Report on horse surra - Volume II, Part I
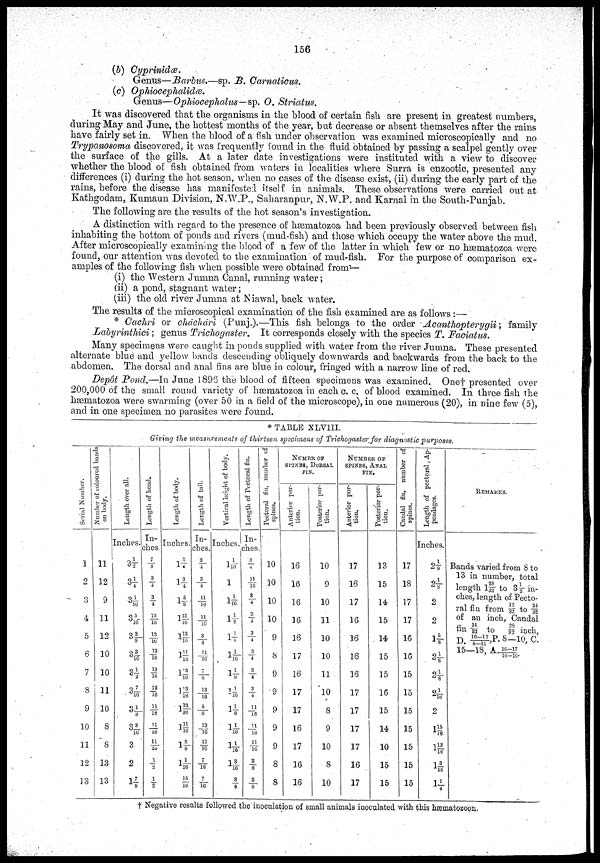
156
(b) Cyprimclce.
Genus—Barbus.—sp. B. Camaticus.
(c) Ophiocephalidce.
Genus— Ophoceplialus—sip. O. Striatus.
It was discovered, that the organisms in the blood of certain fish are present in greatest numbers,
during May and June, the hottest months o£ the year, bat decrease or absent themselves after the rains
have fairly set in. When the blood of a fish under observation was examined microscopically and no
Trypanosoma discovered, it was frequently found in the fluid obtained by passing a scalpel gently over
the surface of the gills. At a later date investigations were instituted with a view to discover
whether the blood of: fish obtained from waters in localities where Surra is enzootic, presented any
differences (i) during the hot season, when no cases of the disease exist, (ii) during the early part of the
rains, before the disease has manifested itself in animals. These observations were carried out at
Kathgodam, Kumaun Division, N.W.P., Saharanpur, N.W.P. and Karnal in the South-Punjab.
The following are the results of the hot season's investigation.
A distinction with regard to the presence of hæmatozoa had been previously observed between fish
inhabiting the bottom of ponds and rivers (mud-fish) and those which occupy the water above the mud.
After microscopically examining the blood of a few of the latter in which few or no hæniatozoa were
found, our attention was devoted to the examination' of mud-fish. For the purpose of comparison ex-
amples of the following fish when possible were obtained f rom—
(i) the Western Jumna Canal, running water;
(ii) a pond, stagnant water;
(iii) the old river Jumna at Niawal, back water.
The results of the microscopical examination of the fish examined are as follows :—
* Cachri or chdchari (Punj.).—This fish belongs to the order Accmthopterygii; family
Labyrinthici; genus Trichogaster. It corresponds closely with the species T. Faciatus.
Many specimens were caught in ponds supplied with water from the river- Jumna. These presented
alternate blue and yellow bands descending obliquely downwards and backwards from the back to the
abdomen. The dorsal and anal fins are blue in colour, fringed with a narrow line of red.
Depôt Pond.—In June 1895 the blood of fifteen specimens was examined. One † presented over
200,000 of the small round variety of hæniatozoa in eachc. c. of blood examined. In three fish the
hæmatozoa were swarming (over 50 in a field of the microscope), in one numerous (20), in nine few (5),
and in one specimen no parasites were found.
* TABLE XLVIII.
Giving the measurements of thirteen specimens of Trichogaster for diagnostic purposes.
Serial Number.
1
2
3
4
5
6
7
8
9
10
11
12
13
Number of coloured bands
on body.
11
12
9
11
12
10
10
11
10
8
8
13
13
Length over all.
Inches.
3½
3¼
3 1/16
3 5/16
3 3/8
3 3/16
3½
3 7/10
3 1/8
3 3/16
3
2
1 7/8
Length of head.
In-
ches.
7/8
3/4
3/ 4
13/ 16
13/ 16
13/16
13/ 16
13/ 16
11/16
11/ 16
11/ 16
½
½
Length of body.
Inches.
1 3/4
13/4
15/8
1 13/16
1 13/16
1 11/16
1 13/16
1 13/16
1 13/16
1 11/16
1 5/8
1 1/16
15/16
Length of tail.
In-
ches.
3/4
3/4
11/ 16
11/16
3/4
11/16
7/8
13/16
5/8
13/ 16
11/16
7/16
7/16
Vertical
height of body.
Length of Pectoral fin.
Inches.
1 1/16
1
1 1/16
l 1/8
1 1/8
1 1/16
1 1/8
1 1/16
1 1/8
1 1/16
1 1/16
1 3/16
3/4
In
ches.
3/4
11/16
3/4
3/4
3/4
3/4
3/4
3/4
11/16
11/ 16
11/ 16
3/ 8
3/8
Pectoral fin, number of
spines.
NUMBR OF
SPINES, DORSAL
FIN.
Anterior por-
tion.
10
10
10
10
9
8
9
9
9
9
9
8
8
16
16
16
16
16
17
16
17
17
16
17
16
16
Posterior por-
tion.
10
9
10
11
10
10
11
10
8
9
10
8
10
NUMBER OF
SPINES, ANAL
FIN.
Anterior por-
tion.
17
16
17
16
16
16
16
17
17
17
17
16
17
Posterior por-
tion.
13
15
14
15
14
15
15
16
15
14
10
15
15
Candal fin, number of
spines.
17
18
17
17
16
16
15
15
15
15
15
15
15
Length of pectoral, Ap-
pendages.
Inches.
2 1/8
2 1/8
2
2
1 5/8
2 1/8
2 1/8
2 1/16
2
1 15/16
16
1 3/16
1 1/4
REMARKS.
Bands varied from 8 to
13 in number, total
2S
1
length 128/32 to 3 ½ in-
ches, length of Pecto-
ral fin from 12/32 to 24/32
of an inch, Candal
fin 14/32 to 28/32 inch.
D. 16-17/8-11 P. 8-10, C.
15—18, A.16-17/10-16.
† Negative results followed the inoculation of small animals inoculated with this hæmatozoon.